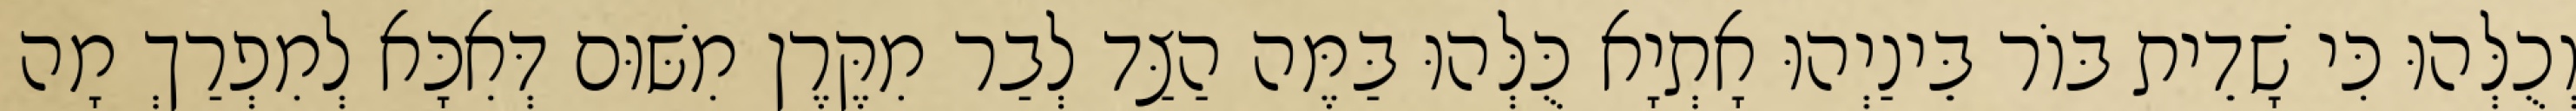
וְכֻלְּהוּ כִּי שָׁדֵית בּוֹר בֵּינַיְהוּ אָתְיָא כֻּלְּהוּ בַּמֶּה הַצַּד לְבַר מִקֶּרֶן מִשּׁוּם דְּאִכָּא לְמִפְרַךְ מָה